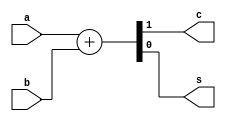
`timescale 1ns / 1ps
//////////////////////////////////////////////////////////////////////////////////
// Company: 
// 
// Design Name: Half Adder Behavioral
// Module Name: Half_Adder_Behavioral
// Project Name: 
// Target Devices: 
// Tool Versions: Vivado 2021.2
// Description: 
// 
// Dependencies: 
// 
// Revision:
// Revision 0.01 - File Created
// Additional Comments:
// 
//////////////////////////////////////////////////////////////////////////////////


module Half_Adder_Behavioral(
    c,      // carry
    s,      // sum
    a,      // a
    b       // b
    );
    
    output reg c;
    output reg s;
    input a;
    input b;
    
    always@(*)
    begin
        {c, s} = a + b;
        
//        case({a, b})
//            2'b00 : 
//                begin
//                    c = 1'b0;
//                    s = 1'b0;        
//                end
            
//            2'b01 : 
//                begin
//                    c = 1'b0;
//                    s = 1'b1;        
//                end
            
//            2'b10 : 
//                begin
//                    c = 1'b0;
//                    s = 1'b1;        
//                end
            
//            2'b11 : 
//                begin
//                    c = 1'b1;
//                    s = 1'b0;        
//                end
//        endcase
    end
endmodule